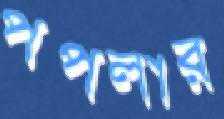
পপলার